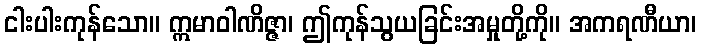
ငါးပါးကုန်သော။ ဣမာဝါဏိဇ္ဇာ၊ ဤကုန်သွယခြင်းအမှုတို့ကို။ အကရဏီယာ၊